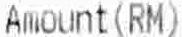
AMOUNT(RM)